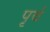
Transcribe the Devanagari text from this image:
पृर्व